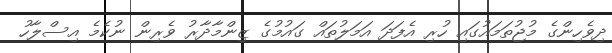
ދިވެހިންގެ މުޖުތަމައުގައި ހުރި އެފަދަ އަމަލުތައް ގައުމުގެ ޒިންމާދާރު ވެރިން ނުކެމެ އިސްލާހު